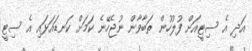
އަދި އެ ސިޓީއަށް ފުލުހުން ތަބާވާން ނުޖެހޭނެ ކަމަށް ކަނޑައަޅައި އެ ސިޓީ